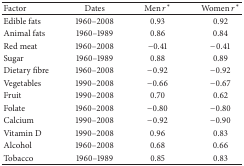
<table><thead><tr><td><b>Factor</b></td><td><b>Dates</b></td><td><b>Men <i>r</i>*</b></td><td><b>Women <i>r</i>*</b></td></tr></thead><tbody><tr><td>Edible fats</td><td>1960–2008</td><td>0.93</td><td>0.92</td></tr><tr><td>Animal fats</td><td>1960–1989</td><td>0.86</td><td>0.84</td></tr><tr><td>Red meat</td><td>1960–2008</td><td>−0.41</td><td>−0.41</td></tr><tr><td>Sugar</td><td>1960–1989</td><td>0.88</td><td>0.89</td></tr><tr><td>Dietary fibre</td><td>1960–2008</td><td>−0.92</td><td>−0.92</td></tr><tr><td>Vegetables</td><td>1990–2008</td><td>−0.66</td><td>−0.67</td></tr><tr><td>Fruit</td><td>1990–2008</td><td>0.70</td><td>0.62</td></tr><tr><td>Folate</td><td>1960–2008</td><td>−0.80</td><td>−0.80</td></tr><tr><td>Calcium</td><td>1990–2008</td><td>−0.92</td><td>−0.90</td></tr><tr><td>Vitamin D</td><td>1990–2008</td><td>0.96</td><td>0.83</td></tr><tr><td>Alcohol</td><td>1960–2008</td><td>0.68</td><td>0.66</td></tr><tr><td>Tobacco</td><td>1960–1989</td><td>0.85</td><td>0.83</td></tr></tbody></table>